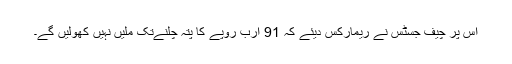
اس پر چیف جسٹس نے ریمارکس دیئے کہ 91 ارب روپے کا پتہ چلنےتک ملیں نہیں کھولیں گے۔